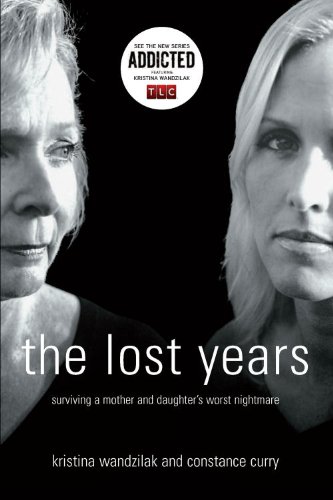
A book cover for The Lost Years: Surviving a Mother and Daughter's Worst Nightmare; Kristina  Wandzilak; Parenting & Relationships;